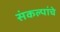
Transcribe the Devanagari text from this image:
संकल्पांचे